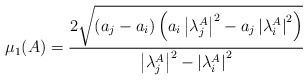
\begin{align*} \mu_1(A)=\frac{2\sqrt{\left(a_j-a_i\right)\left(a_i\left|\lambda_j^A\right|^2-a_j\left|\lambda_i^A\right|^2\right)}}{\left|\lambda_j^A\right|^2-\left|\lambda_i^A\right|^2} \end{align*}